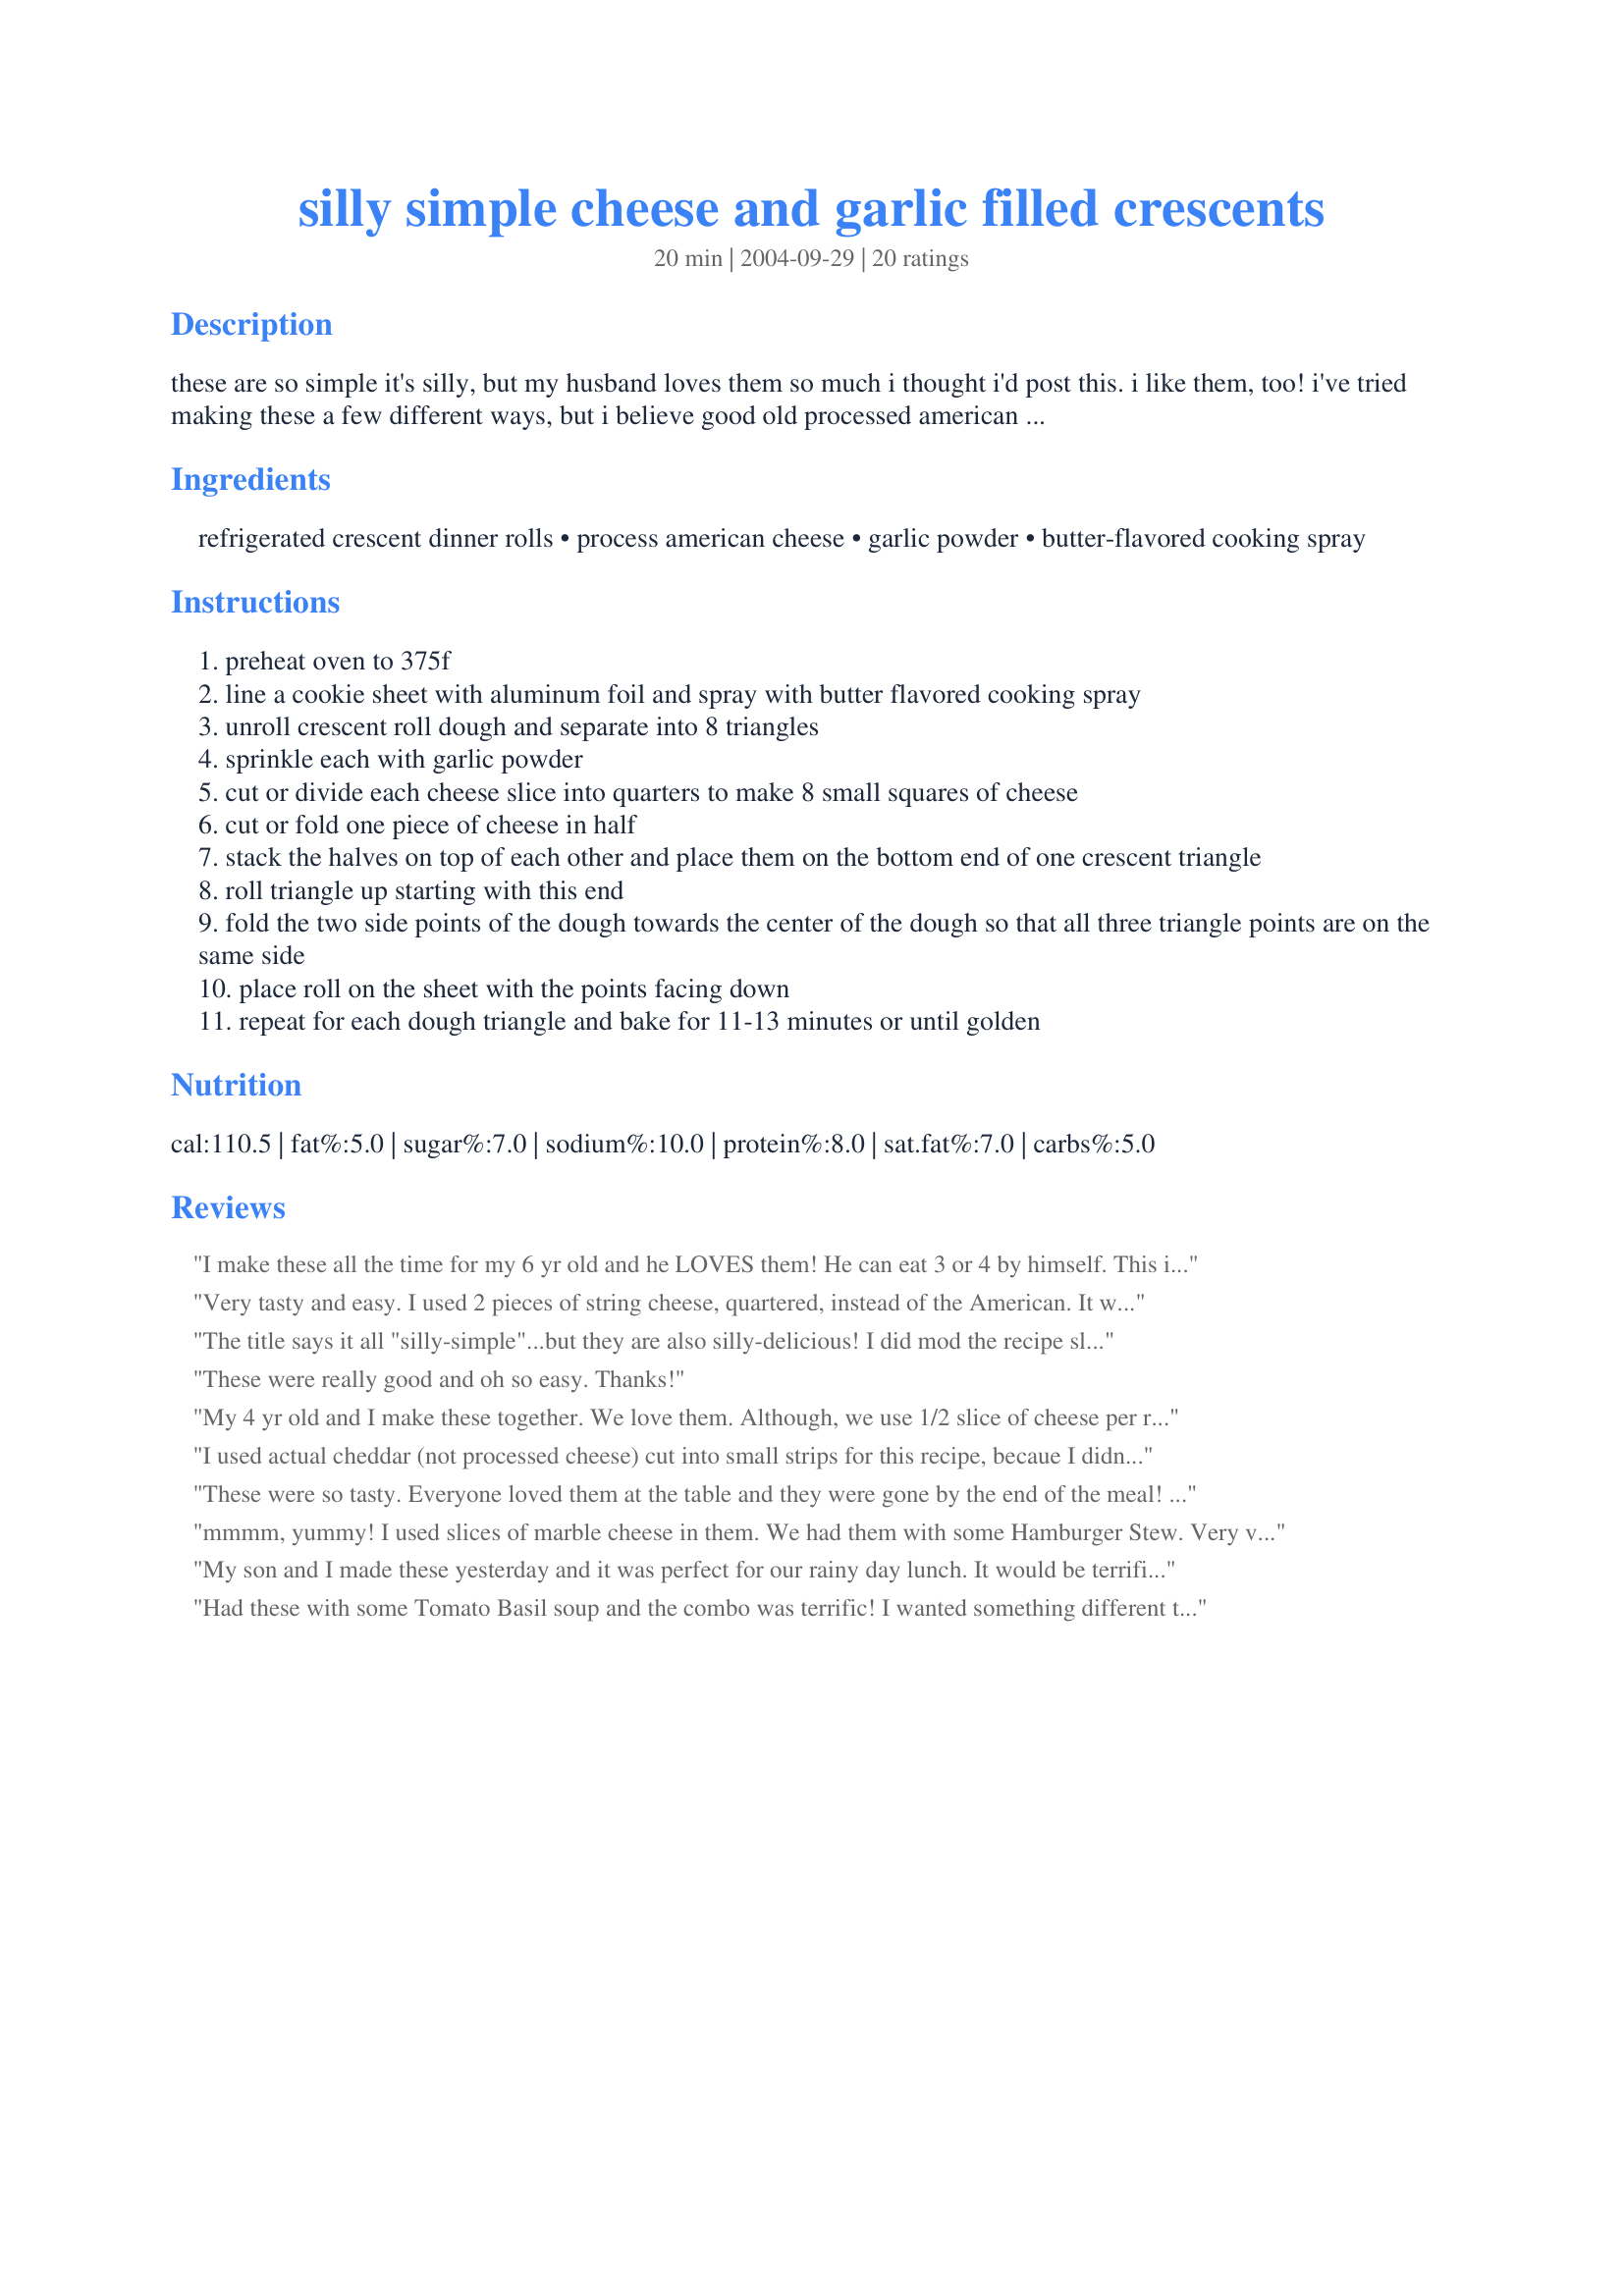
silly simple cheese and garlic filled crescents
Preparation time: 20 minutes

these are so simple it's silly, but my husband loves them so much i thought i'd post this. i like them, too! i've tried making these a few different ways, but i believe good old processed american cheese singles works the best for this - it's clean and easy to measure and roll up, and it melts perfectly during the allotted baking time. you can skip the cooking spray and foil if you want and just bake these directly on the baking sheet, but i like to do it this way because it makes clean up easier, and any leftovers can be stored and reheated right in the foil.

Ingredients:
refrigerated crescent dinner rolls, process american cheese, garlic powder, butter-flavored cooking spray

Steps:
preheat oven to 375f
line a cookie sheet with aluminum foil and spray with butter flavored cooking spray
unroll crescent roll dough and separate into 8 triangles
sprinkle each with garlic powder
cut or divide each cheese slice into quarters to make 8 small squares of cheese
cut or fold one piece of cheese in half
stack the halves on top of each other and place them on the bottom end of one crescent triangle
roll triangle up starting with this end
fold the two side points of the dough towards the center of the dough so that all three triangle points are on the same side
place roll on the sheet with the points facing down
repeat for each dough triangle and bake for 11-13 minutes or until golden

Reviews:
I make these all the time for my 6 yr old and he LOVES them! He can eat 3 or 4 by himself. This is a crazy easy recipe! Thanks!
Very tasty and easy. I used 2 pieces of string cheese, quartered, instead of the American. It was a great side to a pasta dinner. Thanks.
The title says it all "silly-simple"...but they are also silly-delicious! I did mod the recipe slightly, using reduced-fat crescents and low-fat shredded cheese (i had planned to use WW string cheese but it'd gone bad). With my modifications, I figured these to be 2 to 3 WW pts/roll (depending on the amount of cheese used). The most difficult part of this recipe was rolling the loose cheese up in the crescent (i'm not good at rolling pretty crescents anway, the escaping cheese just made it harder) but when they came out of the oven they actually looked nice. We gobbled these up, there aren't any leftovers! Thanks for sharing, we will definitely be making these again!
These were really good and oh so easy. Thanks!
My 4 yr old and I make these together. We love them. Although, we use 1/2 slice of cheese per roll...we like cheese.
I used actual cheddar (not processed cheese) cut into small strips for this recipe, becaue I didn't have any American processed cheese on hand...these I will definitely make again and again! I have probably 4-5 recipes that I make at least twice a month, this is definitely going to be added to that list. My fiance didn't believe be when I told him that the only ingredients where refrigerated crescent rolls, cheese, and garlic powder. Served with mushroom soup, awesome :)
These were so tasty. Everyone loved them at the table and they were gone by the end of the meal! We will have these again and again! Thanks for sharing!
mmmm, yummy! I used slices of marble cheese in them. We had them with some Hamburger Stew. Very very tasty! There's something about the crescent rolls that I don't care for, the cheese and garlic powder totally covered whatever it is I normally don't care for because I loved them so much I want more.
My son and I made these yesterday and it was perfect for our rainy day lunch. It would be terrific w/ a bowl of tomato soup too! Easy and tasty. Thanks!
Had these with some Tomato Basil soup and the combo was terrific! 
I wanted something different than the traditional grilled cheese and this was it! 
So simple and delicious. Thanks for a great recipe!
Great idea. I used string cheese as suggested by JPerez, and added a couple slices of spicy pepperoni (hot by Hormel). To make sure they weren&#039;t too greasy, I microwaved the pepperoni slices on high for 1 min, sandwiched between paper towels. There is no end to the cheese/meat combinations I might try next: Ham and Swiss, Italian sausage and parmesan. Beef and cheddar. Can&#039;t wait. Thanks for posting.
Very tasty and easy. Another keeper for me.
very good and easy, i used real cheese..jalapeno monterey jack, cut in slices and wrapped crescent around it.very cheesy! Yummy!
I have made these for some time now, but I use cream cheese, and it's soo yummy:) Thanks for sharing!
Five stars for taste and ease of prep! I used string cheese cut into pieces and drizzled melted butter and parmesan cheese on top before baking.
These are so good and so easy to make. Enjoyed these with some Broccoli Soup and they were just right. I used some sliced sharp cheddar cheese because that was what I had. Thanks for a keeper.
The great thing about this recipe is that you can be creative. I like to use extra sharp cheddar (I do not like processed cheese!), garlic salt and parsley. I reduce the cooking time to avoid the cheese running all over the pan. This is a great idea. My mouth is watering just thinking about them!
These are great! I didn't tell anyone that they had cheese in them...they were surprised! LOL! Thanks so much for posting!!
Easy & yummy. I used colby jack cheese, and they were a perfect appitizer.
My 4 year old daughter likes to type into the search words she can spell and see what comes up-it's VERY amusing for her! SILLY is one of those words and since we had all the ingredients she & I cooked these up for her lunch. Actually, they were so easy that she did mostly everything except opening the crescent package! She finshed hers & said "yum...these are lovely". Take it from a 4 year old that knows EVERYTHING!!
